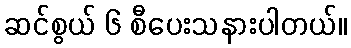
ဆင်စွယ် ၆ စီပေးသနားပါတယ်။